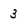
Character: 3